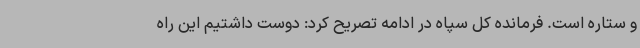
و ستاره است. فرمانده کل سپاه در ادامه تصریح کرد: دوست داشتیم این راه